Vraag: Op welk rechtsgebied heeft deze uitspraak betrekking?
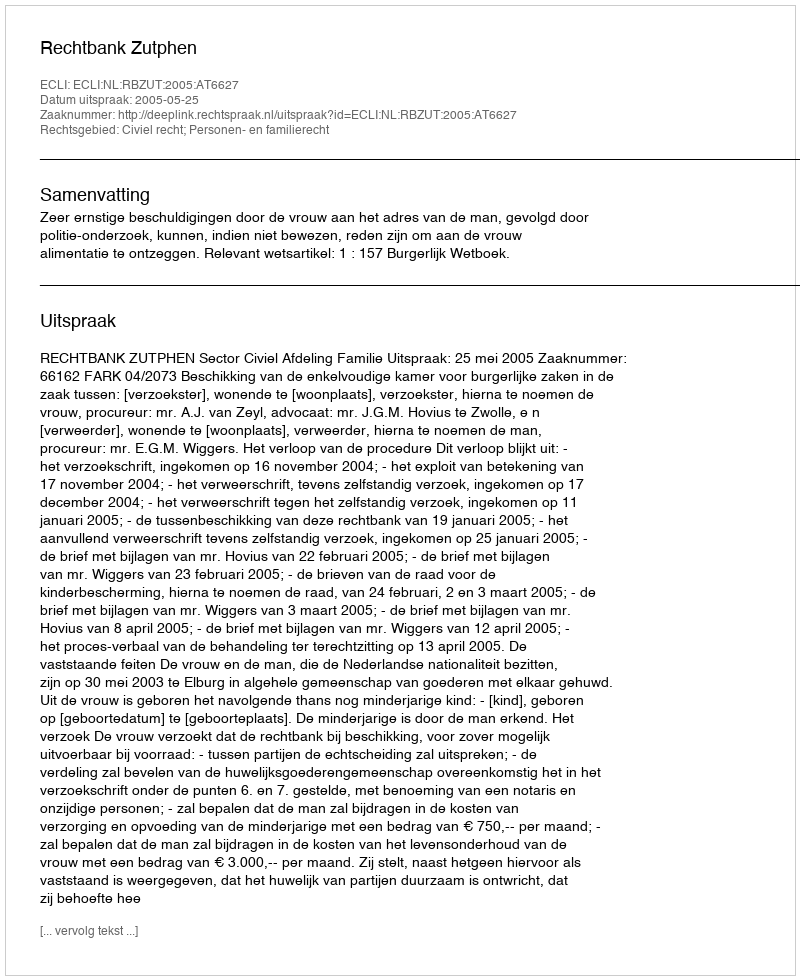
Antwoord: Civiel recht; Personen- en familierecht